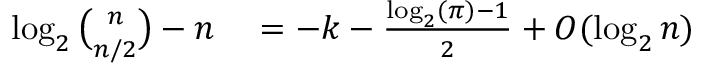
\begin{array} { r l } { \log _ { 2 } { \binom { n } { n / 2 } } - n } & { { } = - k - { \frac { \log _ { 2 } ( \pi ) - 1 } { 2 } } + O ( \log _ { 2 } n ) } \end{array}